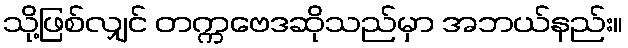
သို့ဖြစ်လျှင် တက္ကဗေဒဆိုသည်မှာ အဘယ်နည်း။